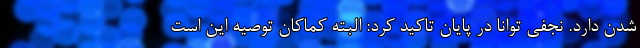
شدن دارد. نجفی توانا در پایان تاکید کرد: ‌البته کماکان توصیه این است